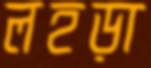
লহড়া